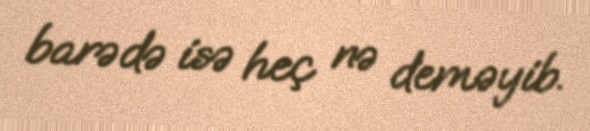
barədə isə heç nə deməyib.